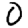
Digit: 0